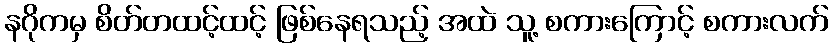
နဂိုကမှ စိတ်တထင့်ထင့် ဖြစ်နေရသည့် အထဲ သူ့ စကားကြောင့် စကားလက်